Riigikantselei, lk 26
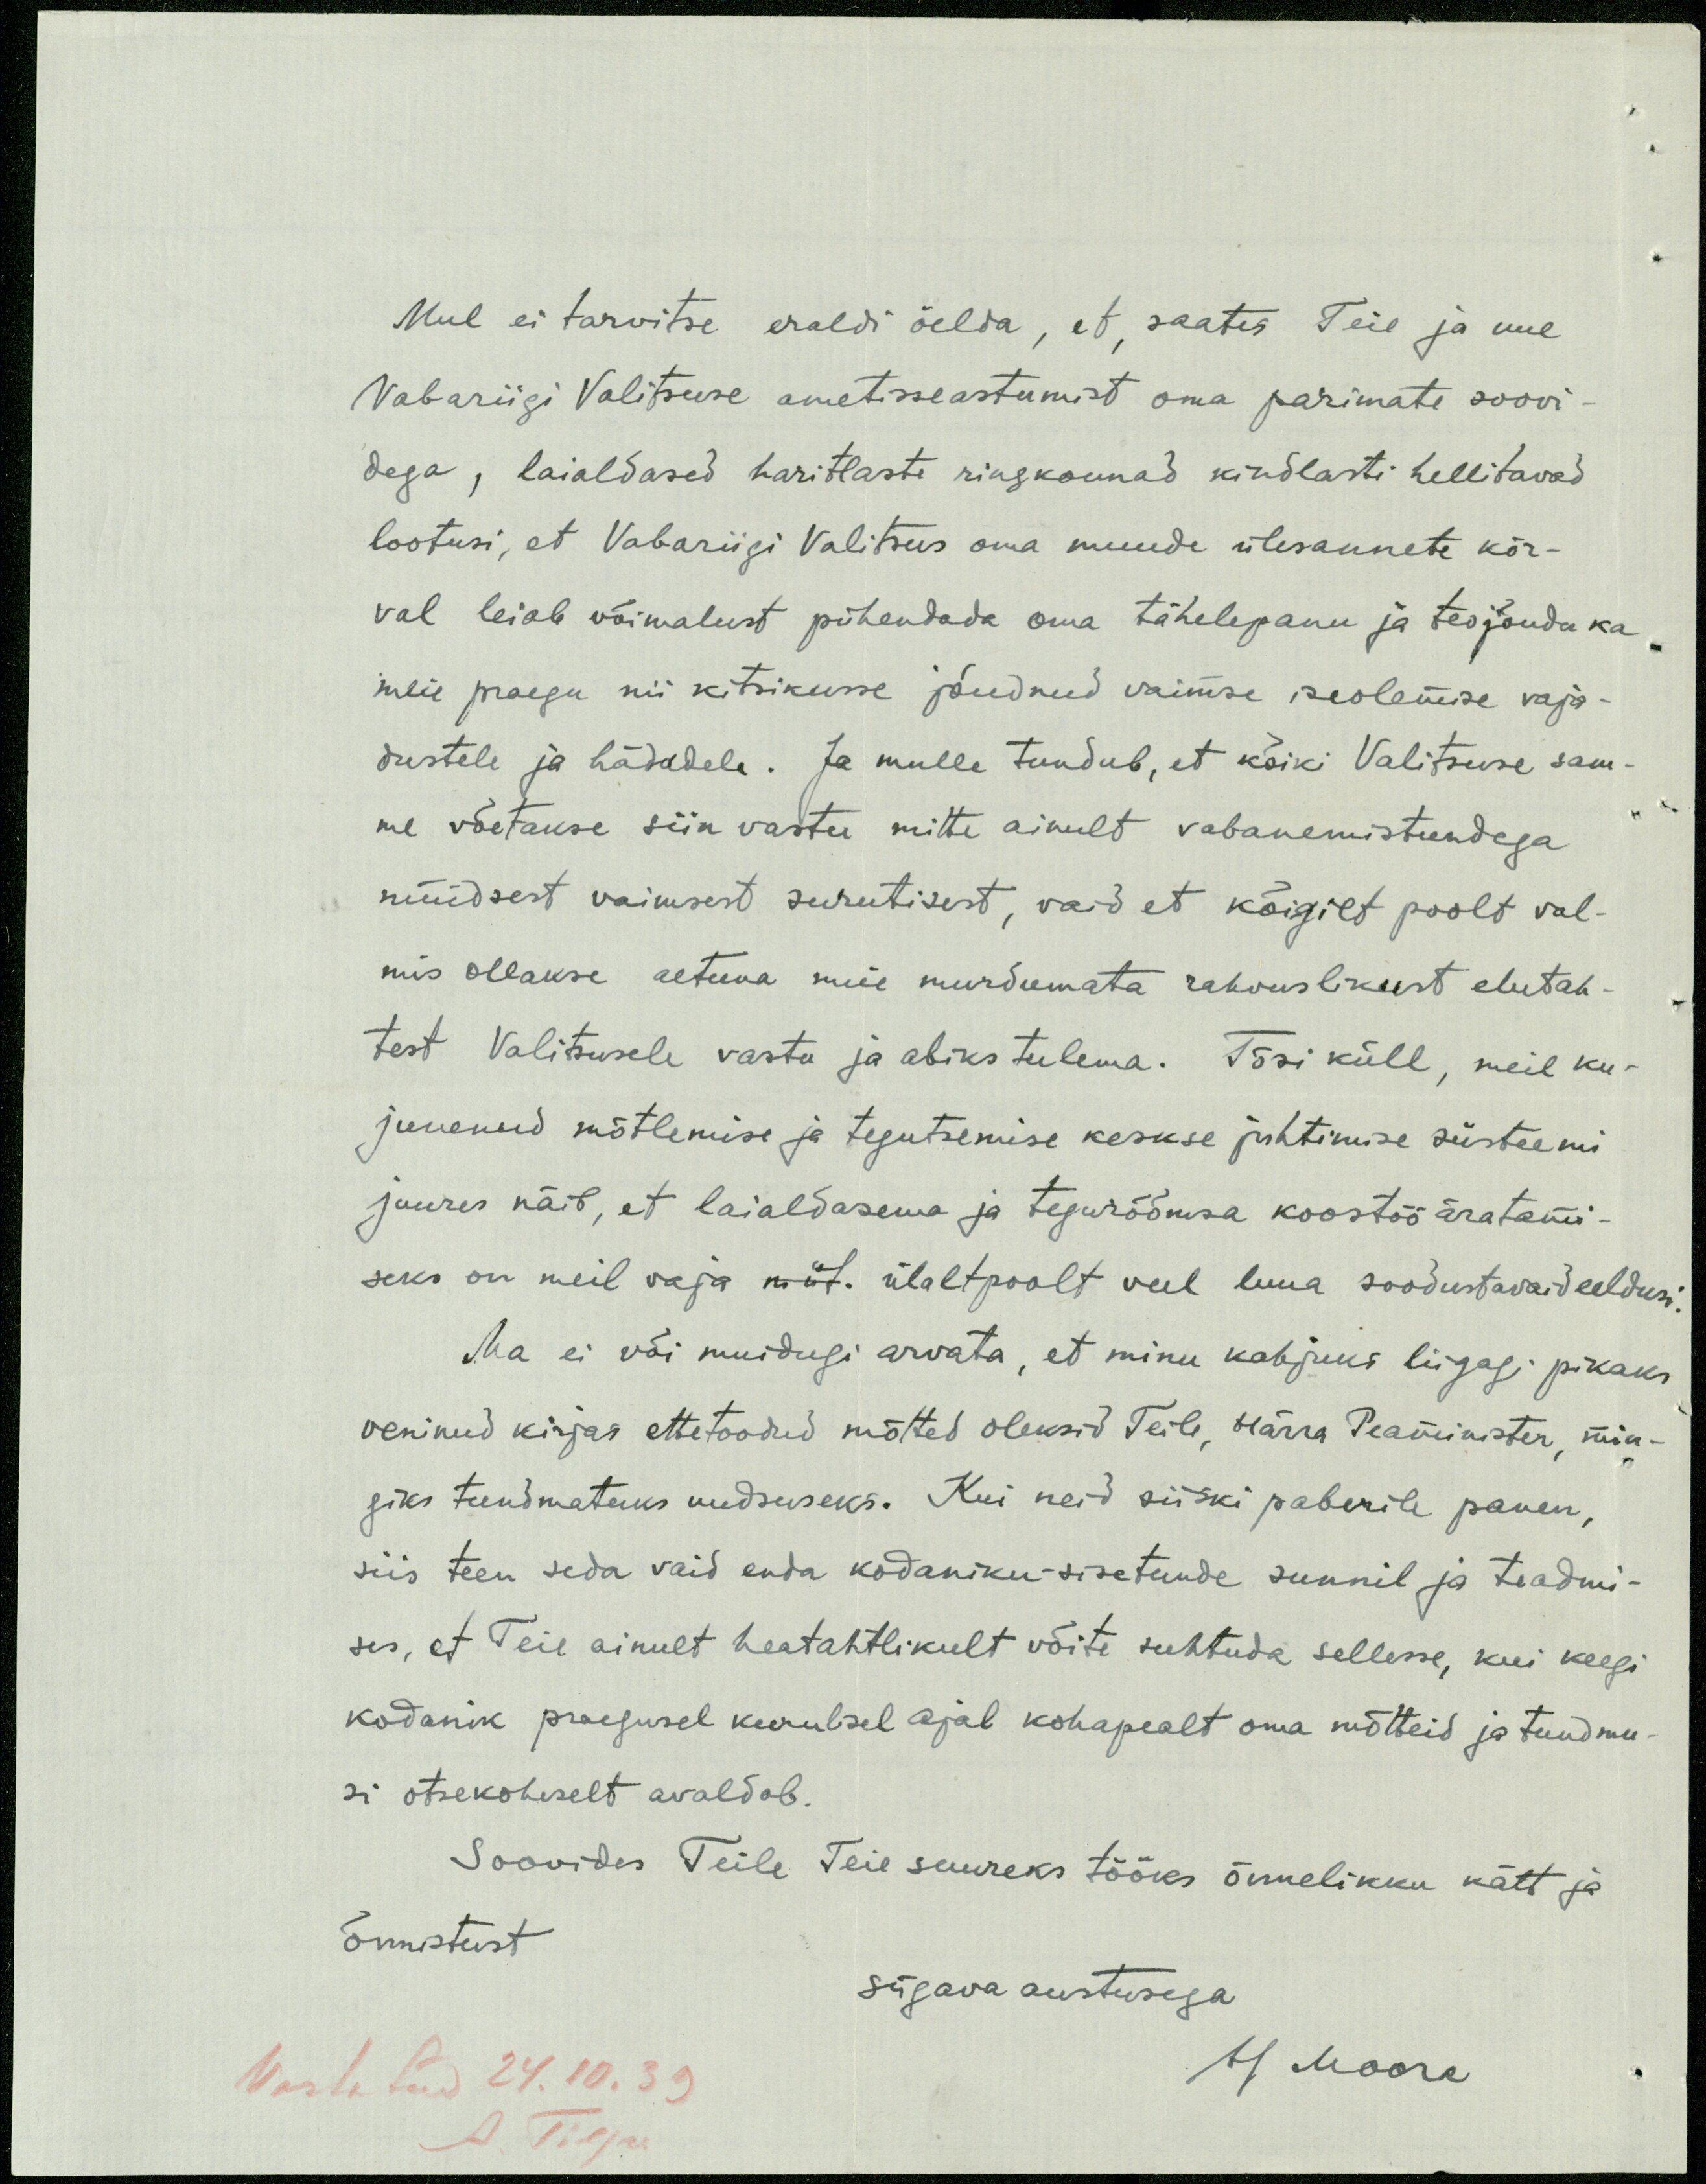
Mul ei tarvitse eraldi öelda, et, saates Teie ja uue
Vabariigi Valitsuse ametisseastumist oma parimate soovi-
dega, laialdased haritlaste ringkonnad kindlasti hellitavad
lootusi, et Vabariigi Valitsus oma muude ülesannete kõr-
val leiab võimalust pühendada oma tähelepanu ja teojõudu ka
meie praegu nii kitsikusse jõudnud vaimse iseolemise vaja-
dustele ja hädadele. Ja mulle tundub, et kõiki Valitsuse sam-
me võetakse siin vastu mitte ainult vabanemistundega
nüüdsest vaimsest surutisest, vaid et kõigilt poolt val-
mis ollakse aetuna meie murdumata rahvuslikust elutah-
test Valitsusele vastu ja abiks tulema. Tõsi küll, meil ku-
junenud mõtlemise ja tegutsemise keskse juhtimise süsteemi-
juures näib, et laialdasema ja tegurõõmsa koostöö äratami-
seks on meil vaja nüt ülaltpoolt veel luua soodustavaid eeldusi
Ma ei või muidugi arvata, et minu kahjuks liigagi pikaks
veninud kirjas ettetoodud mõtted oleksid Teile, Härra Peaminister, min-
giks tundmatuks uudsuseks. Kui neid siiski paberile panen,
siis teen seda vaid enda kodaniku-sisetunde sunnil ja teadmi-
ses, et Teie ainult heatahtlikult võite suhtuda sellesse, kui keegi
kodanik praegusel keerulisel ajal kohapealt oma mõtteid ja tundmu
si otsekoheselt avaldab.
Soovides Teile Teie suureks tööks õnnelikku kätt ja
Õnnistust
sügava austusega.
Vastatud 24.10.39
M Moora